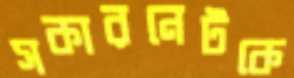
সকারনেটকে